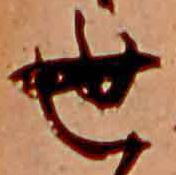
世